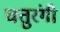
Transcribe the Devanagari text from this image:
चतुरंगी